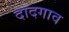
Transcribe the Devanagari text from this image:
दादगाव